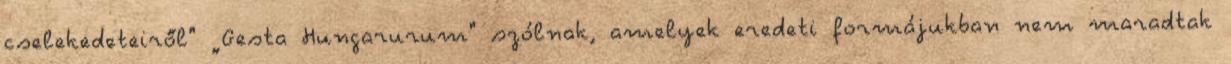
cselekedeteiről" „Gesta Hungarurum" szólnak, amelyek eredeti formájukban nem maradtak